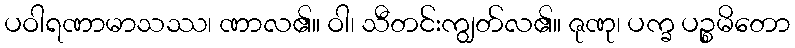
ပဝါရဏာမာသဿ၊ ဏာလ၏။ ဝါ၊ သီတင်းကျွတ်လ၏။ ဇုဏု၊ ပက္ခ ပဉ္စမိတော